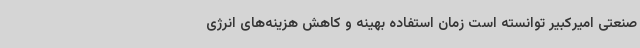
صنعتی امیرکبیر توانسته است زمان استفاده بهینه و کاهش هزینه‌های انرژی